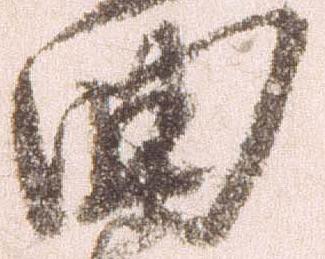
曲